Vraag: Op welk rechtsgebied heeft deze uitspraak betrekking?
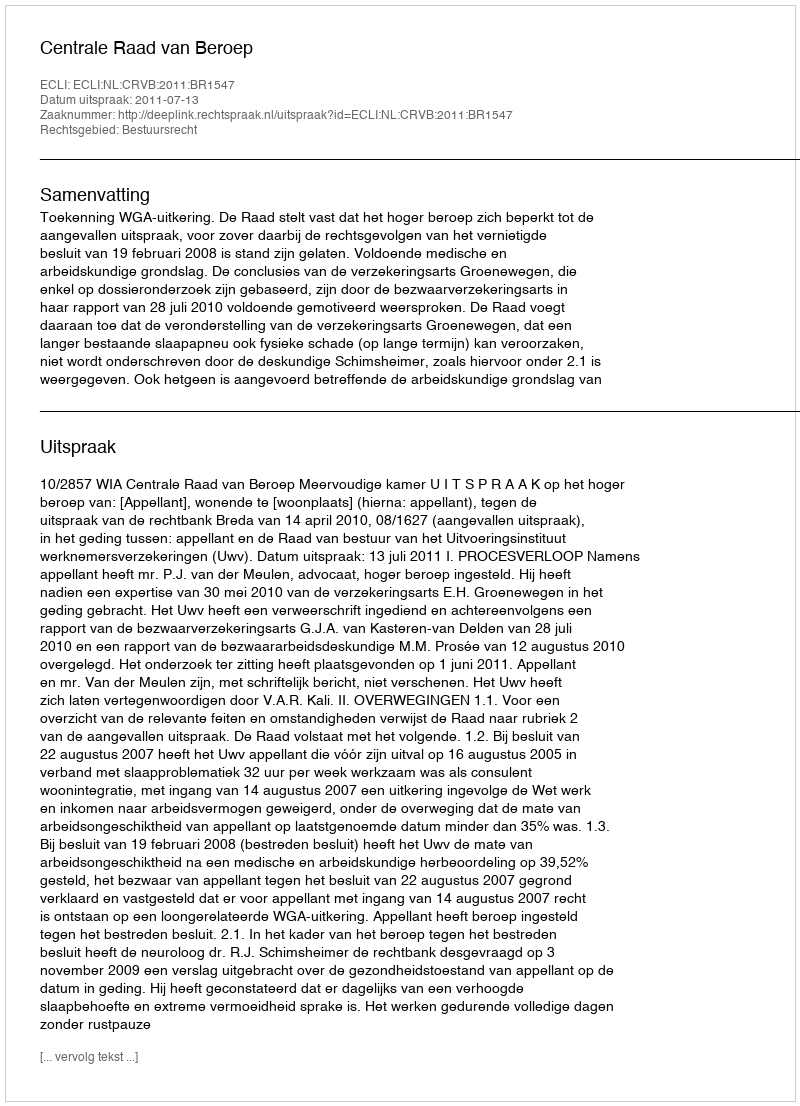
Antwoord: Bestuursrecht